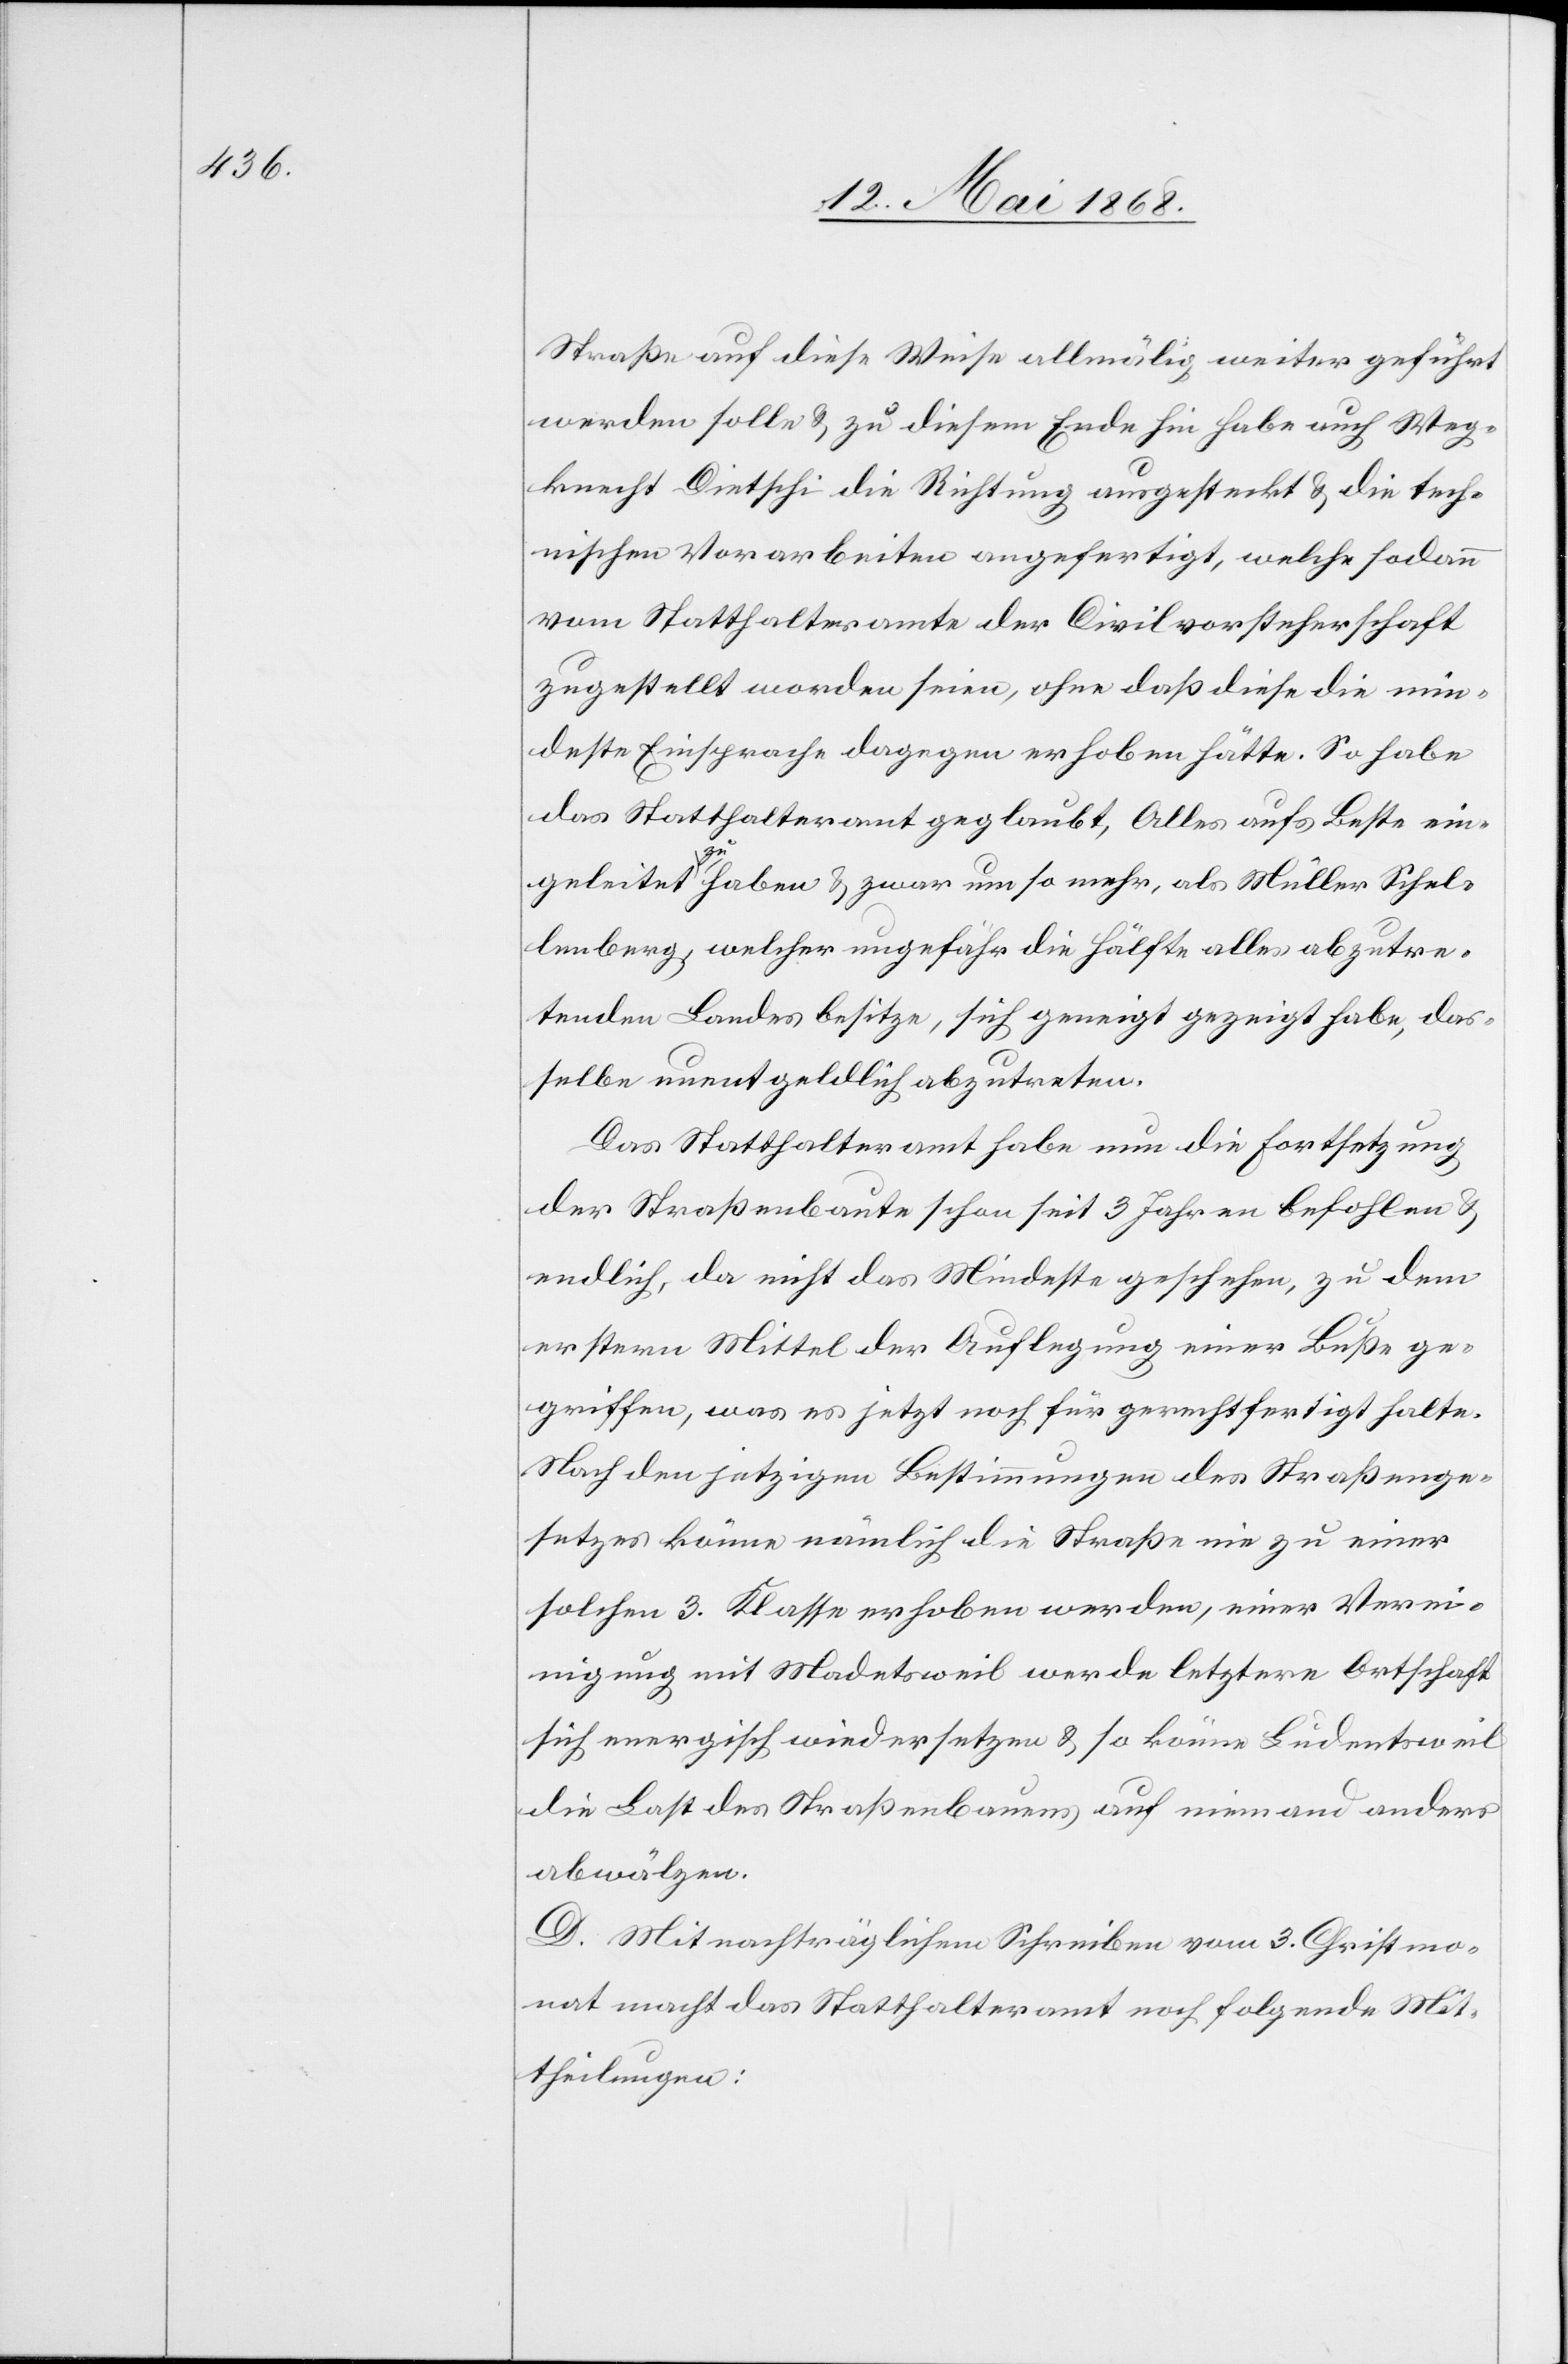
Straße auf diese Weise allmälig weiter geführt
werden solle & zu diesem Ende hin habe auch Weg¬
knecht Dietschi die Richtung ausgesteckt & die tech¬
nischen Vorarbeiten angefertigt, welche sodann
vom Statthalteramte der Civilvorsteherschaft
zugestellt worden seien, ohne daß diese die min¬
deste Einsprache dagegen erhoben hätte. So habe
das Statthalteramt geglaubt, Alles aufs Beste ein¬
geleitet zu haben & zwar um so mehr, als Müller Schel¬
lenberg, welcher ungefähr die Hälfte alles abzutre¬
tenden Landes besitze, sich geneigt gezeigt habe, das¬
selbe unentgeldlich abzutreten.
Das Statthalteramt habe nun die Fortsetzung
der Straßenbaute schon seit 3 Jahren befohlen &
endlich, da nicht das Mindeste geschehen, zu dem
erstern Mittel der Auflegung einer Buße ge¬
griffen, was es jetzt noch für gerechtfertigt halte.
Nach den jetzigen Bestimmungen des Straßenge¬
setzes könne nämlich die Straße nie zu einer
solchen 3. Klasse erhoben werden, einer Verei¬
nigung mit Madetsweil werde letztere Ortschaft
sich energisch wiedersetzen & so könne Ludentsweil
die Last des Straßenbauens auf niemand anders
abwälzen.
D. Mit nachträglichem Schreiben vom 3. Christmo¬
nat macht das Statthalteramt noch folgende Mit¬
theilungen: